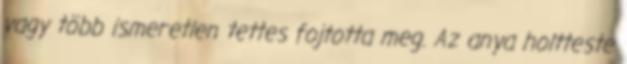
vagy több ismeretlen tettes fojtotta meg. Az anya holtteste